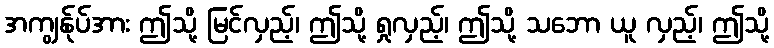
အကျွန်ုပ်အား ဤသို့ မြင်လှည့်၊ ဤသို့ ရှုလှည့်၊ ဤသို့ သဘော ယူ လှည့်၊ ဤသို့